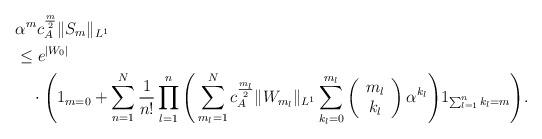
LaTeX: \begin{align*}&\alpha^m c_A^{\frac{m}{2}}\|S_m\|_{L^1}\\&\le e^{|W_0|}\\&\quad\cdot\Bigg(1_{m=0}+\sum_{n=1}^N\frac{1}{n!}\prod_{l=1}^n\Bigg(\sum_{m_l=1}^Nc_A^{\frac{m_l}{2}}\|W_{m_l}\|_{L^1}\sum_{k_l=0}^{m_l}\left(\begin{array}{c}m_l\\ k_l\end{array}\right)\alpha^{k_l}\Bigg)1_{\sum_{l=1}^nk_l=m}\Bigg).\end{align*}